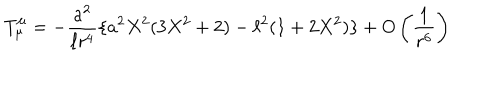
LaTeX: T _ { \mu } ^ { \mu } = - \frac { a ^ { 2 } } { \ell r ^ { 4 } } \{ a ^ { 2 } X ^ { 2 } ( 3 X ^ { 2 } + 2 ) - \ell ^ { 2 } ( 1 + 2 X ^ { 2 } ) \} + O \left( \frac { 1 } { r ^ { 6 } } \right)